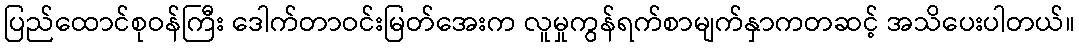
ပြည်ထောင်စုဝန်ကြီး ဒေါက်တာဝင်းမြတ်အေးက လူမှုကွန်ရက်စာမျက်နှာကတဆင့် အသိပေးပါတယ်။